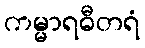
ကမ္မာရဓီတရံ